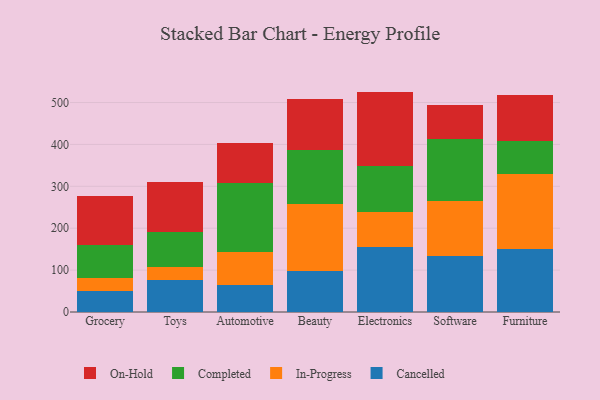
{"axis": {"x": "Category", "y": "Energy Usage (MWh)"}, "legend": ["Cancelled", "Completed", "In-Progress", "On-Hold"], "data": [{"x": "Grocery", "y": 51.0, "type": "Cancelled"}, {"x": "Grocery", "y": 29.9, "type": "In-Progress"}, {"x": "Grocery", "y": 79.9, "type": "Completed"}, {"x": "Grocery", "y": 117.3, "type": "On-Hold"}, {"x": "Toys", "y": 75.4, "type": "Cancelled"}, {"x": "Toys", "y": 31.0, "type": "In-Progress"}, {"x": "Toys", "y": 85.7, "type": "Completed"}, {"x": "Toys", "y": 117.6, "type": "On-Hold"}, {"x": "Automotive", "y": 64.5, "type": "Cancelled"}, {"x": "Automotive", "y": 79.0, "type": "In-Progress"}, {"x": "Automotive", "y": 164.9, "type": "Completed"}, {"x": "Automotive", "y": 95.5, "type": "On-Hold"}, {"x": "Beauty", "y": 99.0, "type": "Cancelled"}, {"x": "Beauty", "y": 158.9, "type": "In-Progress"}, {"x": "Beauty", "y": 128.8, "type": "Completed"}, {"x": "Beauty", "y": 121.2, "type": "On-Hold"}, {"x": "Electronics", "y": 155.3, "type": "Cancelled"}, {"x": "Electronics", "y": 83.4, "type": "In-Progress"}, {"x": "Electronics", "y": 109.0, "type": "Completed"}, {"x": "Electronics", "y": 178.4, "type": "On-Hold"}, {"x": "Software", "y": 133.2, "type": "Cancelled"}, {"x": "Software", "y": 131.6, "type": "In-Progress"}, {"x": "Software", "y": 147.3, "type": "Completed"}, {"x": "Software", "y": 82.9, "type": "On-Hold"}, {"x": "Furniture", "y": 150.6, "type": "Cancelled"}, {"x": "Furniture", "y": 179.5, "type": "In-Progress"}, {"x": "Furniture", "y": 79.0, "type": "Completed"}, {"x": "Furniture", "y": 108.3, "type": "On-Hold"}]}